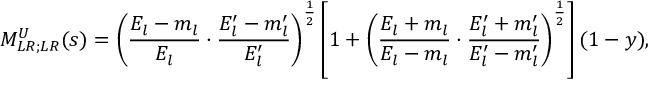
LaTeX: M _ { L R ; L R } ^ { U } ( s ) = \left( \frac { E _ { l } - m _ { l } } { E _ { l } } \cdot \frac { E _ { l } ^ { \prime } - m _ { l } ^ { \prime } } { E _ { l } ^ { \prime } } \right) ^ { \frac { 1 } { 2 } } \left[ 1 + \left( \frac { E _ { l } + m _ { l } } { E _ { l } - m _ { l } } \cdot \frac { E _ { l } ^ { \prime } + m _ { l } ^ { \prime } } { E _ { l } ^ { \prime } - m _ { l } ^ { \prime } } \right) ^ { \frac { 1 } { 2 } } \right] ( 1 - y ) ,